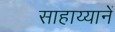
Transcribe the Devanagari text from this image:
साहाय्यानें